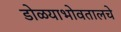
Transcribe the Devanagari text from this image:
डोळयाभोवतालचे